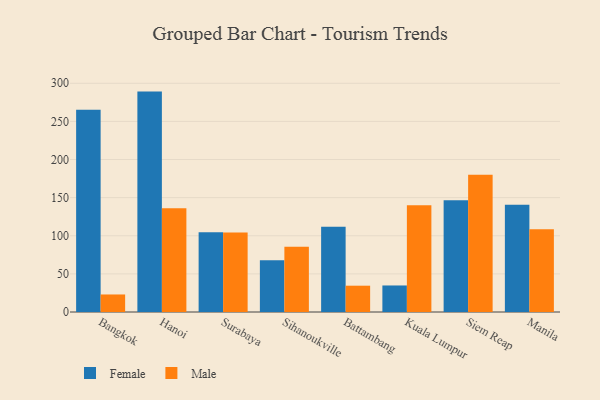
{"axis": {"x": "City", "y": "Gross Profit (USD K)"}, "legend": ["Female", "Male"], "data": [{"x": "Bangkok", "y": 265.4, "type": "Female"}, {"x": "Bangkok", "y": 23.0, "type": "Male"}, {"x": "Hanoi", "y": 289.1, "type": "Female"}, {"x": "Hanoi", "y": 136.1, "type": "Male"}, {"x": "Surabaya", "y": 104.6, "type": "Female"}, {"x": "Surabaya", "y": 104.3, "type": "Male"}, {"x": "Sihanoukville", "y": 67.8, "type": "Female"}, {"x": "Sihanoukville", "y": 85.5, "type": "Male"}, {"x": "Battambang", "y": 111.9, "type": "Female"}, {"x": "Battambang", "y": 34.5, "type": "Male"}, {"x": "Kuala Lumpur", "y": 34.8, "type": "Female"}, {"x": "Kuala Lumpur", "y": 140.1, "type": "Male"}, {"x": "Siem Reap", "y": 146.5, "type": "Female"}, {"x": "Siem Reap", "y": 179.9, "type": "Male"}, {"x": "Manila", "y": 140.7, "type": "Female"}, {"x": "Manila", "y": 108.7, "type": "Male"}]}